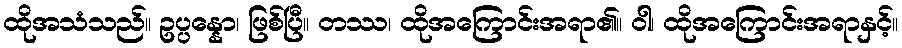
ထိုအသံသည်။ ဥပ္ပန္နော၊ ဖြစ်ပြီ။ တဿ၊ ထိုအကြောင်းအရာ၏။ ဝါ၊ ထိုအကြောင်းအရာနှင့်။